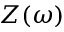
Z ( \omega )